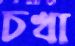
চখা